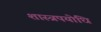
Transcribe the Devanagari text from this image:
शास्त्रपयोधि